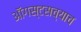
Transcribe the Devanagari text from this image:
ऑगस्टसच्याच